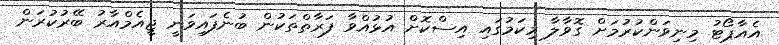
އެއާޕޯޓު މިނިވަންކުރުމަށް ގޮވާލާ މިކަމުގައި އިސްކޮށް އުޅުއްވާ ފަރާތްތަކުން ބުނެފައިވަނީ ޖީއެމްއާރު ބޭރުކުރަން